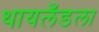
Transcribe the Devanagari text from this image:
थायलँडला